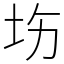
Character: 㘯